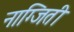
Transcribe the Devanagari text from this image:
नाग्जिती